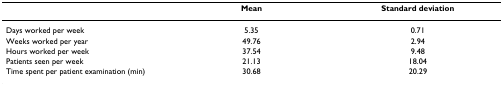
|  | Mean | Standard deviation |
 | --- | --- | --- |
 | Days worked per week | 5.35 | 0.71 |
 | Weeks worked per year | 49.76 | 2.94 |
 | Hours worked per week | 37.54 | 9.48 |
 | Patients seen per week | 21.13 | 18.04 |
 | Time spent per patient examination (min) | 30.68 | 20.29 |